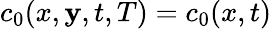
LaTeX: c_{0}(x,\mathbf{y},t,T)=c_{0}(x,t)